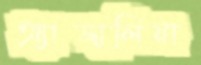
অ্যাজালিয়া